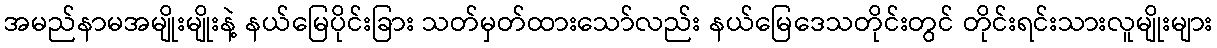
အမည်နာမအမျိုးမျိုးနဲ့ နယ်မြေပိုင်းခြား သတ်မှတ်ထားသော်လည်း နယ်မြေဒေသတိုင်းတွင် တိုင်းရင်းသားလူမျိုးများ